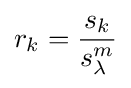
r_{k}={\frac {s_{k}}{s_{\lambda }^{m}}}